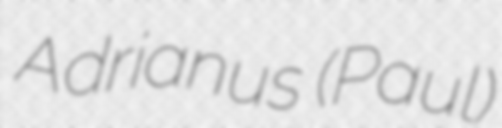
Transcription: Adrianus (Paul)